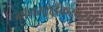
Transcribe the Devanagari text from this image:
नॉनस्ट्राईकरवरचा